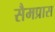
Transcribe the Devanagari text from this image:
सैमप्रास